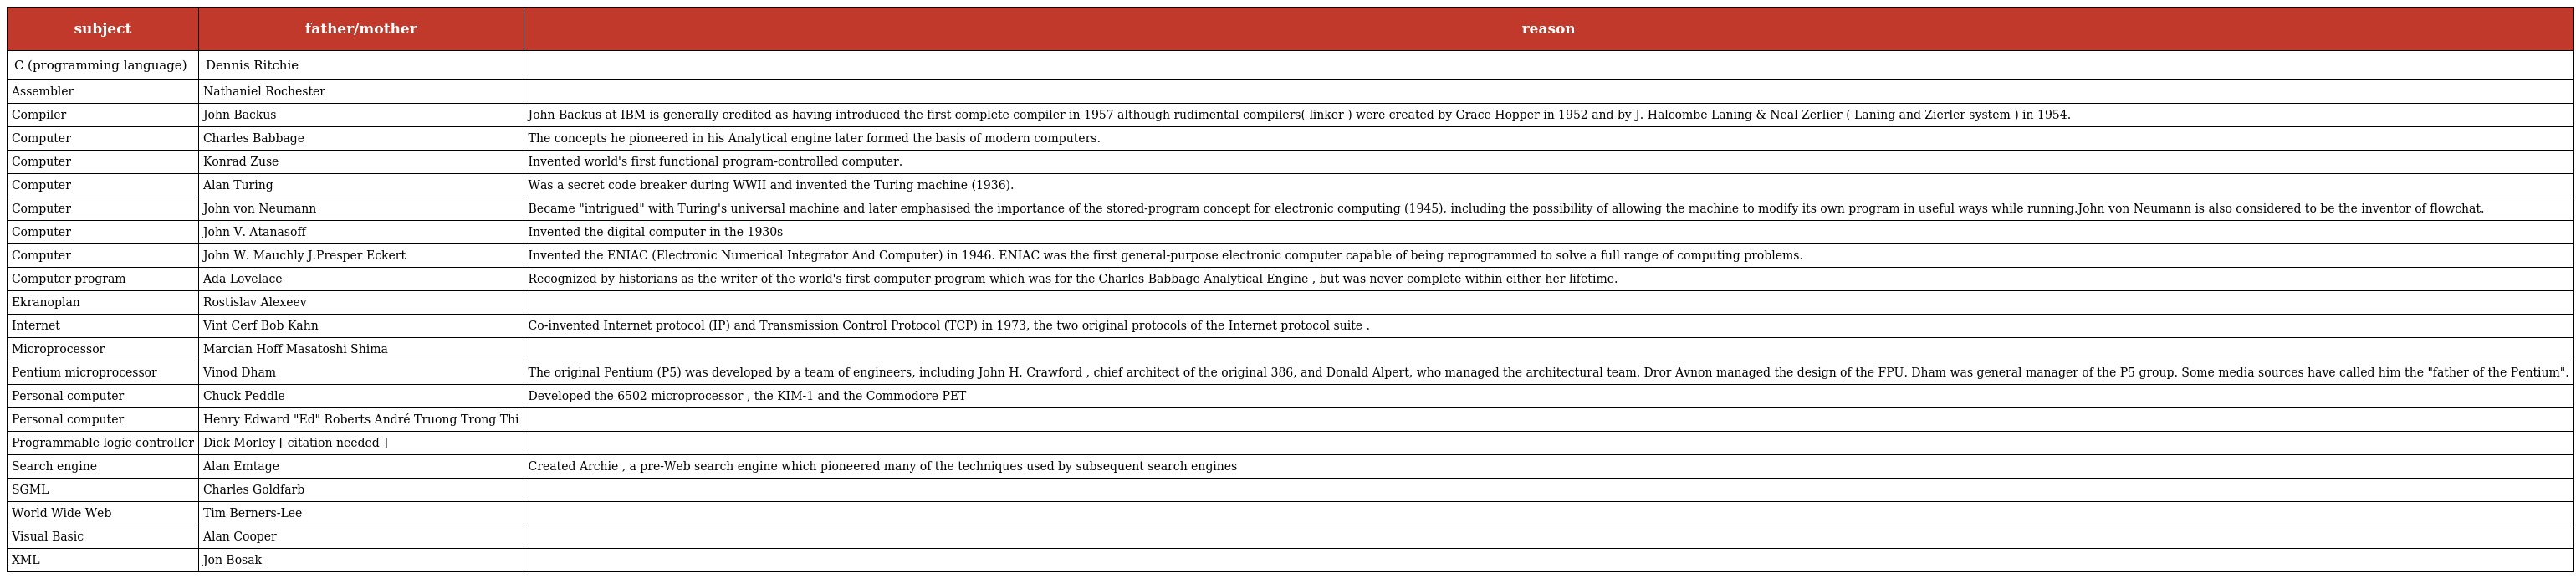
| subject | father/mother | reason |
 | --- | --- | --- |
 | C (programming language) | Dennis Ritchie |  |
 | Assembler | Nathaniel Rochester |  |
 | Compiler | John Backus | John Backus at IBM is generally credited as having introduced the first complete compiler in 1957 although rudimental compilers( linker ) were created by Grace Hopper in 1952 and by J. Halcombe Laning & Neal Zerlier ( Laning and Zierler system ) in 1954. |
 | Computer | Charles Babbage | The concepts he pioneered in his Analytical engine later formed the basis of modern computers. |
 | Computer | Konrad Zuse | Invented world's first functional program-controlled computer. |
 | Computer | Alan Turing | Was a secret code breaker during WWII and invented the Turing machine (1936). |
 | Computer | John von Neumann | Became "intrigued" with Turing's universal machine and later emphasised the importance of the stored-program concept for electronic computing (1945), including the possibility of allowing the machine to modify its own program in useful ways while running.John von Neumann is also considered to be the inventor of flowchat. |
 | Computer | John V. Atanasoff | Invented the digital computer in the 1930s |
 | Computer | John W. Mauchly J.Presper Eckert | Invented the ENIAC (Electronic Numerical Integrator And Computer) in 1946. ENIAC was the first general-purpose electronic computer capable of being reprogrammed to solve a full range of computing problems. |
 | Computer program | Ada Lovelace | Recognized by historians as the writer of the world's first computer program which was for the Charles Babbage Analytical Engine , but was never complete within either her lifetime. |
 | Ekranoplan | Rostislav Alexeev |  |
 | Internet | Vint Cerf Bob Kahn | Co-invented Internet protocol (IP) and Transmission Control Protocol (TCP) in 1973, the two original protocols of the Internet protocol suite . |
 | Microprocessor | Marcian Hoff Masatoshi Shima |  |
 | Pentium microprocessor | Vinod Dham | The original Pentium (P5) was developed by a team of engineers, including John H. Crawford , chief architect of the original 386, and Donald Alpert, who managed the architectural team. Dror Avnon managed the design of the FPU. Dham was general manager of the P5 group. Some media sources have called him the "father of the Pentium". |
 | Personal computer | Chuck Peddle | Developed the 6502 microprocessor , the KIM-1 and the Commodore PET |
 | Personal computer | Henry Edward "Ed" Roberts André Truong Trong Thi |  |
 | Programmable logic controller | Dick Morley [ citation needed ] |  |
 | Search engine | Alan Emtage | Created Archie , a pre-Web search engine which pioneered many of the techniques used by subsequent search engines |
 | SGML | Charles Goldfarb |  |
 | World Wide Web | Tim Berners-Lee |  |
 | Visual Basic | Alan Cooper |  |
 | XML | Jon Bosak |  |